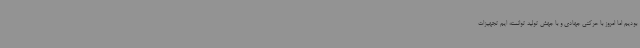
بودیم اما امروز با حرکتی جهادی و با جهش تولید توانسته ایم تجهیزات